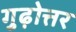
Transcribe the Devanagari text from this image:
गुढ़ोत्तर